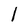
Character: 1